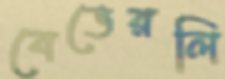
বেভেরলি